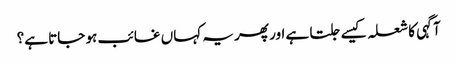
آگہی کا شعلہ کیسے جلتا ہے اور پھر یہ کہاں غائب ہو جاتا ہے؟